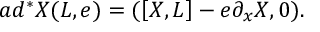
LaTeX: a d ^ { * } X ( L , e ) = ( \left[ X , L \right] - e \partial _ { x } X , 0 ) .